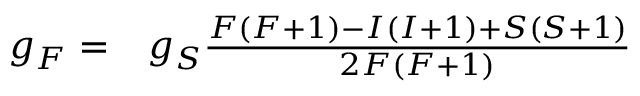
\begin{array} { r l } { g _ { F } = } & { { } g _ { S } \frac { F ( F + 1 ) - I ( I + 1 ) + S ( S + 1 ) } { 2 F ( F + 1 ) } } \end{array}